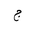
Letter: _gim